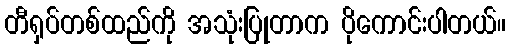
တီရှပ်တစ်ထည်ကို အသုံးပြုတာက ပိုကောင်းပါတယ်။